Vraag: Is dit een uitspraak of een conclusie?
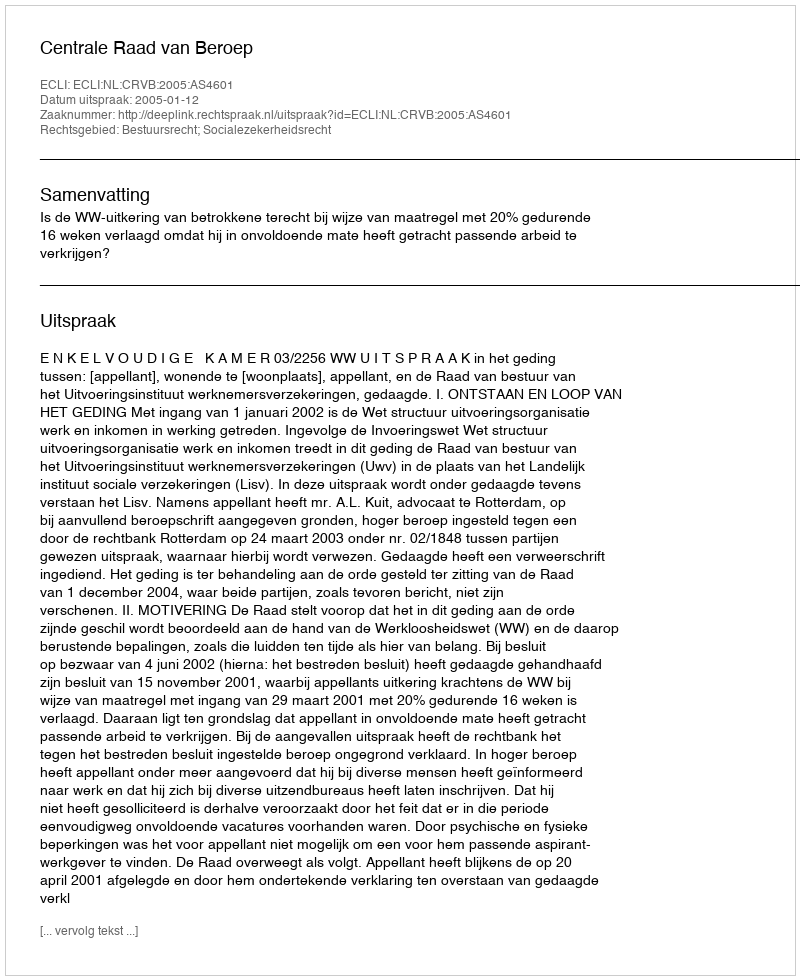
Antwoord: Uitspraak